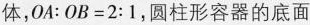
体，$$OA：OB=2:1$$，圆柱形容器的底面